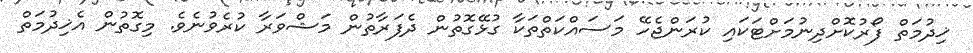
ޚިދުމަތް ފޯރުކޮށްދިނުމަށްޓަކައި ކުރަންޖެހޭ މަސައްކަތްތަކާ ގުޅޭގޮތުން ދެފަރާތުން މަޝްވަރާ ކުރެވުނެވެ. މިގޮތުން އެޚިދުމަތް